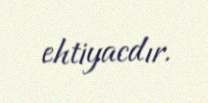
ehtiyacdır.